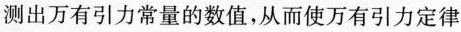
测出万有引力常量的数值，从而使万有引力定律